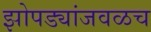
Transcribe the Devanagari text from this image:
झोपड्यांजवळच